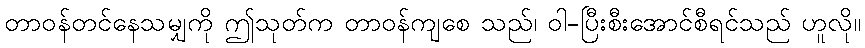
တာဝန်တင်နေသမျှကို ဤသုတ်က တာဝန်ကျစေ သည်၊ ဝါ-ပြီးစီးအောင်စီရင်သည် ဟူလို။